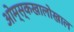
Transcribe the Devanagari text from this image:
ओम्स्कखालोखाल